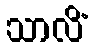
သာလိံ